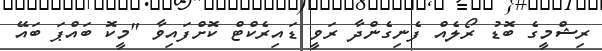
ރިޝްމީގެ ބޮޑު ރޯލެއް ފެނިގެންދާ ރަވީ ޑައިރެކްޓް ކޮށްފައިވާ "މީކޮ ބައްޕަ ބައޭ